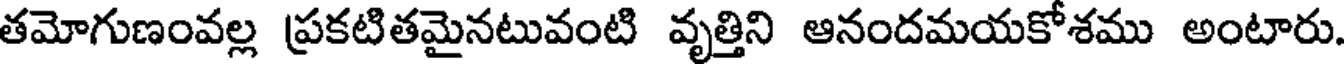
తమోగుణంవల్ల ప్రకటితమైనటువంటి వృత్తిని ఆనందమయకోశము అంటారు.